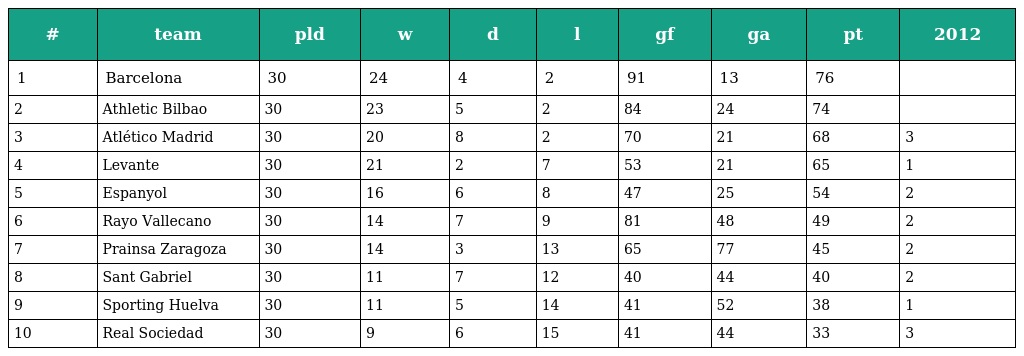
| # | team | pld | w | d | l | gf | ga | pt | 2012 |
 | --- | --- | --- | --- | --- | --- | --- | --- | --- | --- |
 | 1 | Barcelona | 30 | 24 | 4 | 2 | 91 | 13 | 76 |  |
 | 2 | Athletic Bilbao | 30 | 23 | 5 | 2 | 84 | 24 | 74 |  |
 | 3 | Atlético Madrid | 30 | 20 | 8 | 2 | 70 | 21 | 68 | 3 |
 | 4 | Levante | 30 | 21 | 2 | 7 | 53 | 21 | 65 | 1 |
 | 5 | Espanyol | 30 | 16 | 6 | 8 | 47 | 25 | 54 | 2 |
 | 6 | Rayo Vallecano | 30 | 14 | 7 | 9 | 81 | 48 | 49 | 2 |
 | 7 | Prainsa Zaragoza | 30 | 14 | 3 | 13 | 65 | 77 | 45 | 2 |
 | 8 | Sant Gabriel | 30 | 11 | 7 | 12 | 40 | 44 | 40 | 2 |
 | 9 | Sporting Huelva | 30 | 11 | 5 | 14 | 41 | 52 | 38 | 1 |
 | 10 | Real Sociedad | 30 | 9 | 6 | 15 | 41 | 44 | 33 | 3 |